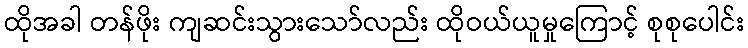
ထိုအခါ တန်ဖိုး ကျဆင်းသွားသော်လည်း ထိုဝယ်ယူမှုကြောင့် စုစုပေါင်း